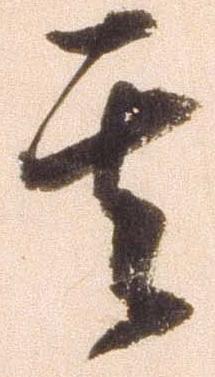
其